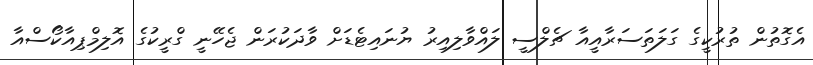
އެގޮތުން ތުރުކީގެ ގަލަތަސަރާއީއާ ޗެލްސީ ލައްވާލިއިރު ޔުނައިޓެޑަށް ވާދަކުރަން ޖެހޭނީ ގްރީކުގެ އޮލިމްޕިއާކޯސްއާ